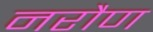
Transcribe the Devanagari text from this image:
नरौण